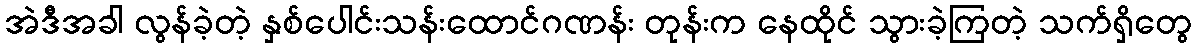
အဲဒီအခါ လွန်ခဲ့တဲ့ နှစ်ပေါင်းသန်းထောင်ဂဏန်း တုန်းက နေထိုင် သွားခဲ့ကြတဲ့ သက်ရှိတွေ